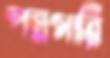
পন্নগারি